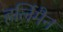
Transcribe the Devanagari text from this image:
हर्लिमैन